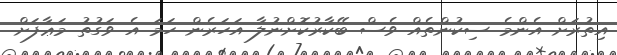
އިތުރަށް އެންމެ ސިކުންތެއް ވެސް ބޭކާރުކޮށްނުލާ އަހަރެން ހަމަ އެ ވަގުތު މަޢާފަށް